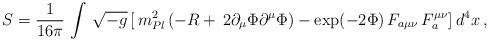
LaTeX: \begin{align*}S = \frac{1}{16\pi} \, \int \, \sqrt{-g}\, [\, m^2_{Pl}\,(- R+\, 2 \partial_{\mu} \Phi \partial^{\mu} \Phi) - \exp (-2 \Phi) \, F_{a\mu\nu} \, F_a^{\mu\nu}]\, d^4x \, ,\end{align*}